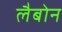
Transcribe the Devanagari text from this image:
लैबोन